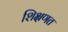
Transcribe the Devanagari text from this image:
शिक्षणत